Vaccination in the Punjab 1897-1904 - 1897-1904
Year: 1897
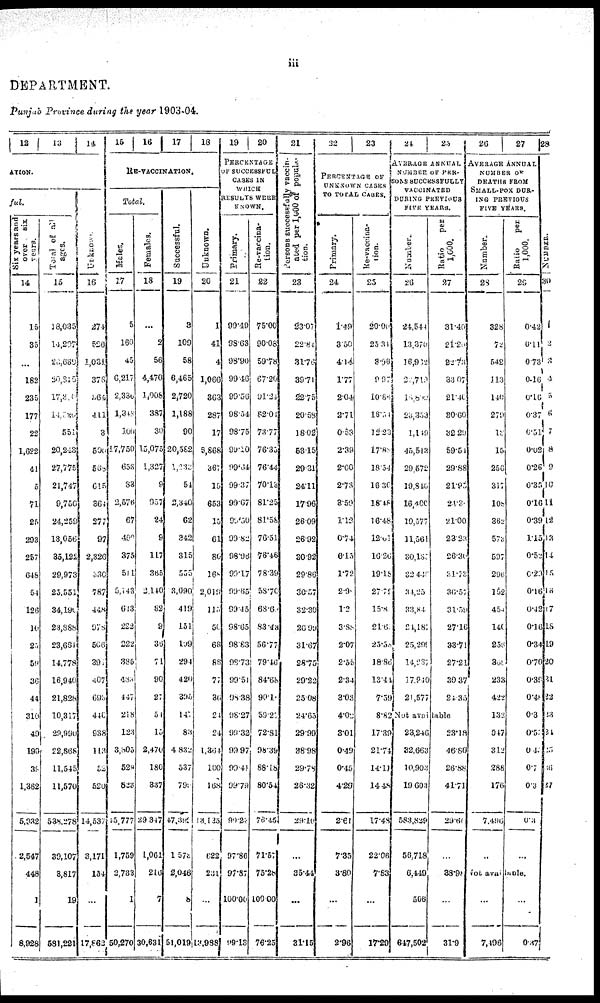
iii
DEPARTMENT.
Punjab Province during the year 1903-04.
12 13 14
ATION.
ful.
Six years and
over
six.
years.
14
15
35
...
182
235
177
22
1,622
41
5
71
25
293
257
648
54
126
10
25
59
36
44
310
49
190
38
1,362
5,932
2,547
448
1
8,926
Total of all
ages.
15
13,035
14,207
20,639
20,815
17,316
14,720
551
20,243
27,775
21,747
9,750
24,259
13,056
35,122
29,973
25,551
34,190
23,388
23,661
14,778
16,940
21,828
10,317
29,990
22,868
11,545
11,570
538,278
39,107
3,817
19
581,221
Unknown.
16
274
526
1,031
378
364
411
3
500
568
615
364
277
97
2,326
330
787
448
978
506
301
407
693
440
938
113
52
520
14,537
3,171
154
...
17,862
15 16 17 18
RE-VACCINATlON.
Total.
Males.
17
5
160
45
6,217
2,336
1,348
109
17,750
653
83
2,576
67
499
375
511
5,143
613
222
222
385
483
447
218
123
3,305
529
823
45,777
1,759
2,733
1
50,270
Females.
18
...
2
56
4,470
1,008
387
30
15,075
1,327
9
957
24
9
117
365
2,140
82
9
36
71
90
27
54
15
2,470
180
337
29,347
1,061
216
7
30,631
Successful.
19
3
109
58
6,465
2,720
1,188
90
20,582
1,233
54
2,340
62
342
315
555
3,090
419
151
109
294
420
395
147
83
4,832
537
792
47,393
1,573
2,046
8
51,019
Unknown.
20
1
41
4
1,060
363
287
17
5,868
367
15
653
15
61
80
168
2,019
115
50
68
88
77
36
24
24
1,364
100
168
13,135
622
231
...
13,988
19
20
PERCENTAGE
OF SUCCESSFUL
CASES IN
WHICH
RESULTS WERE
KNOWN.
Primary.
21
99.49
98.63
98.90
99.46
99.56
98.34
98.75
99.10
99.64
99.37
99.67
99.50
99.82
98.96
99.17
99.65
99.45
98.65
98.83
98.73
99.51
98.38
98.27
99.32
99.97
99.41
99.79
99.23
97.86
97.87
100.00
99.13
Re-vaccina-
tion.
22
75.00
90.08
59.78
67.20
91.24
82.04
73.77
76.35
76.44
70.13
81.25
81.58
76.51
78.46
78.39
58.70
68.6
83.43
56.77
79.46
84.68
90.1
59.27.
72.81
98.39
88.18
80.54
76.45
71.57
75.28
100.00
76.25
21
Persons successfully vaccin-
ated per 1,000 of popula-
tion.
23
23.07
22.84
31.76
39.71
22.75
20.58
18.02
53.15
29.31
24.11
17.96
26.09
26.92
30.92
29.86
30.57
32.30
20.99
31.67
28.75
29.22
25.08
24.63
29.99
38.98
29.78
26.32
29.10
...
35.44
...
31.15
22
23
PERCENTAGE OF
UNKNOWN CASES
TO TOTAL CASES.
Primary.
24
1.49
3.50
4.14
1.77
2.04
2.71
0.53
2.39
2.00
2.73
3.59
1.13
0.74
0.15
1.72
2.98
1.2
3.88
2.07
2.55
2.34
3.03
4.02
3.01
0.49
0.45
4.29
2.61
7.35
3.80
...
2.96
Re-vaccina-
tion.
25
20.00
25.31
3.98
9.97
10.86
16.34
12.23
17.88
18.54
16.30
18.48
16.48
12.01
16.26
19.18
27.72
15.8
21.6
25.58
18.86
13.44
7.59
8.82
17.39
21.74
14.11
14.48
17.48
22.06
7.83
...
17.29
24
25
AVERAGE ANNUAL
NUMBER OF PER-
SONS SUCCESSFULLY
VACCINATED
DURING PERVIOUS
FIVE YEARS.
Number.
26
24,544
13,370
16,932
22,719
18,800
23,353
1,149
45,513
29,572
19,846
16,400
19,577
11,561
30,135
32,446
34,25
33,84
24,187
25,299
14,237
17,940
21,577
Ratio
per
1,000.
27
31.40
21.20
22.73
33.07
21.40
30.60
32.29
59.54
29.88
21.95
24.3
21.00
23.23
26.30
31.73
36.57
31.59
27.16
33.71
27.21
30.37
24.35
Not available
23,246
32,663
10,903
19,603
583,829
56,718
6,449
506
647,502
23.18
46.80
26.88
41.71
29.60
...
38.98
...
31.9
26
27
AVERAGE ANNUAL
NUMBER OF
DEATHS FROM
SMALL-POX DUR-
ING PREVIOUS
FIVE YEARS.
Number.
28
328
72
542
113
140
279
18
15
256
317
108
362
573
597
296
152
454
140
256
368
233
422
132
547
312
288
176
7,496
...
Ratio
per
1,000.
29
0.42
0.11
0.73
0.16
0.16
0.37
0.51
0.02
0.26
0.35
0.16
0.39
1.15
0.52
0.29
0.16
0.42
0.16
0.34
0.70
0.39
0.48
0.3
0.52
0.4
0.7
0.3
0.3
...
Not avilable.
...
7,496
...
0.37
28
NUMBER.
30
1
2
3
4
5
6
7
8
9
10
11
12
13
14
15
16
17
18
19
20
21
22
23
24
25
26
27
...
...